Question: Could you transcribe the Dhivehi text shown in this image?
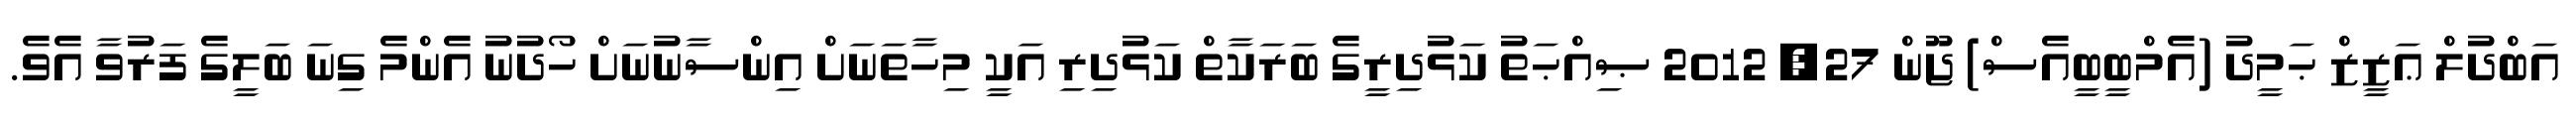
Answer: އަބްދުލް ޢަޒީޒް ޙަމީދު (އެމްބީބީއެސް) ޖޫން 27, 2012 ޞިއްޙަތު ކަޅުދިރީގެ ބަރަކާތް ކަޅުދިރި އަކީ މިހާތަނަށް އިންސާނުނަށް ހޯދުނު އެންމެ ގިނަ ބަލީގެ ފަރުވާ އެވެ.